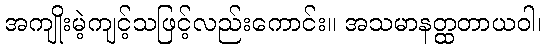
အကျိုးမဲ့ကျင့်သဖြင့်လည်းကောင်း။ အသမာနတ္ထတာယဝါ၊